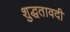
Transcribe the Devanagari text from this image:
शुद्धतावदी